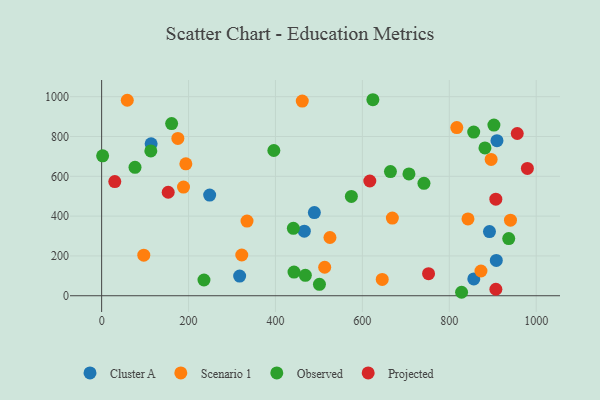
{"axis": {"x": "Investment", "y": "Demand"}, "legend": ["Cluster A", "Observed", "Projected", "Scenario 1"], "data": [{"x": "317.6", "y": 98.7, "type": "Cluster A"}, {"x": "248.6", "y": 505.6, "type": "Cluster A"}, {"x": "466.4", "y": 324.6, "type": "Cluster A"}, {"x": "856.4", "y": 84.6, "type": "Cluster A"}, {"x": "489.5", "y": 417.8, "type": "Cluster A"}, {"x": "892.5", "y": 322.3, "type": "Cluster A"}, {"x": "909.7", "y": 779.2, "type": "Cluster A"}, {"x": "113.9", "y": 763.2, "type": "Cluster A"}, {"x": "908.2", "y": 177.4, "type": "Cluster A"}, {"x": "322.5", "y": 204.8, "type": "Scenario 1"}, {"x": "817.3", "y": 845.0, "type": "Scenario 1"}, {"x": "872.9", "y": 124.3, "type": "Scenario 1"}, {"x": "940.8", "y": 379.7, "type": "Scenario 1"}, {"x": "645.7", "y": 82.1, "type": "Scenario 1"}, {"x": "843.0", "y": 385.7, "type": "Scenario 1"}, {"x": "97.0", "y": 203.8, "type": "Scenario 1"}, {"x": "175.4", "y": 790.6, "type": "Scenario 1"}, {"x": "525.4", "y": 292.6, "type": "Scenario 1"}, {"x": "896.3", "y": 684.8, "type": "Scenario 1"}, {"x": "59.0", "y": 982.1, "type": "Scenario 1"}, {"x": "188.4", "y": 545.7, "type": "Scenario 1"}, {"x": "334.6", "y": 375.2, "type": "Scenario 1"}, {"x": "513.3", "y": 143.2, "type": "Scenario 1"}, {"x": "193.8", "y": 662.6, "type": "Scenario 1"}, {"x": "669.0", "y": 390.4, "type": "Scenario 1"}, {"x": "461.7", "y": 977.8, "type": "Scenario 1"}, {"x": "161.1", "y": 865.0, "type": "Observed"}, {"x": "828.3", "y": 17.4, "type": "Observed"}, {"x": "501.2", "y": 57.5, "type": "Observed"}, {"x": "624.2", "y": 984.8, "type": "Observed"}, {"x": "441.2", "y": 338.8, "type": "Observed"}, {"x": "442.7", "y": 119.1, "type": "Observed"}, {"x": "856.2", "y": 822.2, "type": "Observed"}, {"x": "396.3", "y": 729.6, "type": "Observed"}, {"x": "741.7", "y": 564.7, "type": "Observed"}, {"x": "113.2", "y": 727.8, "type": "Observed"}, {"x": "664.6", "y": 623.6, "type": "Observed"}, {"x": "902.7", "y": 857.4, "type": "Observed"}, {"x": "235.5", "y": 79.0, "type": "Observed"}, {"x": "76.8", "y": 645.3, "type": "Observed"}, {"x": "2.3", "y": 703.1, "type": "Observed"}, {"x": "936.8", "y": 287.4, "type": "Observed"}, {"x": "468.8", "y": 102.5, "type": "Observed"}, {"x": "882.1", "y": 742.4, "type": "Observed"}, {"x": "707.2", "y": 612.0, "type": "Observed"}, {"x": "574.7", "y": 499.2, "type": "Observed"}, {"x": "979.7", "y": 639.8, "type": "Projected"}, {"x": "30.3", "y": 573.7, "type": "Projected"}, {"x": "752.3", "y": 111.0, "type": "Projected"}, {"x": "907.1", "y": 485.0, "type": "Projected"}, {"x": "907.2", "y": 32.7, "type": "Projected"}, {"x": "617.1", "y": 576.5, "type": "Projected"}, {"x": "153.2", "y": 520.0, "type": "Projected"}, {"x": "956.4", "y": 815.1, "type": "Projected"}]}